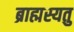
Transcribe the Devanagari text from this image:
ब्राह्मस्यतु